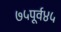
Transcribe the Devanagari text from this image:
७५पूर्व४५